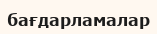
бағдарламалар